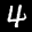
Label: 4